画像に写った文字を読んでください
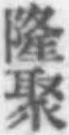
「隆聚」と書いてあります